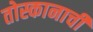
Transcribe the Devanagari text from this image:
तोस्कानाची